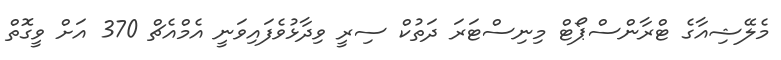
މެލޭޝިއާގެ ޓްރާންސްޕޯޓް މިނިސްޓަރަ ދަތުކް ސިރީ ވިދާޅުވެފައިވަނީ އެމްއެޗް 370 އަށް ވީގޮތް